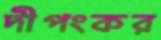
দীপংকর